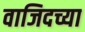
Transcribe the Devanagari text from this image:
वाजिदच्या